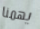
يهمنا